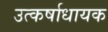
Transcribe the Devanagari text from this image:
उत्कर्षाधायक